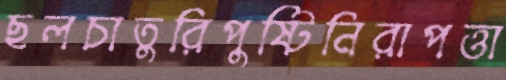
ছলচাতুরিপুষ্টিনিরাপত্তা